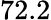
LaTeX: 72.2